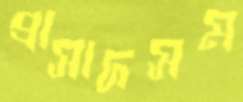
প্রাসাদসম